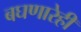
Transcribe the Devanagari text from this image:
बघणारेही